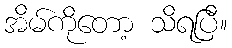
အိမ်ကိုတော့ သိရပြီ။